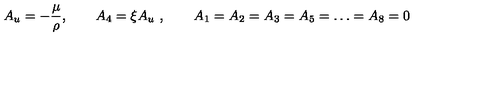
A _ { u } = - { \frac { \mu } { \rho } } , \qquad A _ { 4 } = \xi A _ { u } \ , \qquad A _ { 1 } = A _ { 2 } = A _ { 3 } = A _ { 5 } = \dots = A _ { 8 } = 0